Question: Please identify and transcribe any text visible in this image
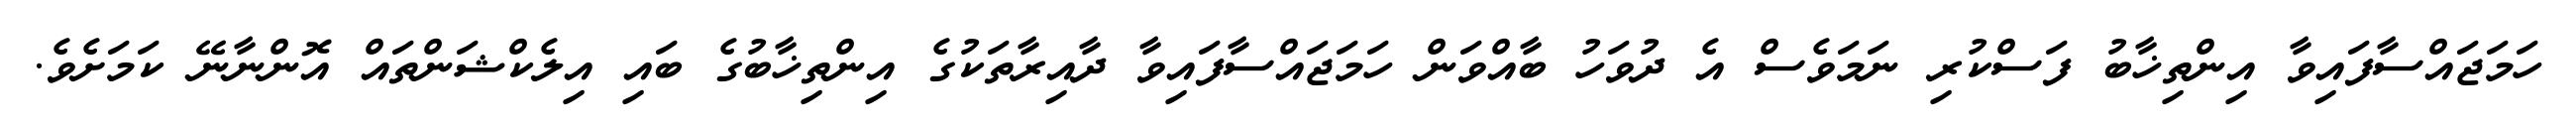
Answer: ހަމަޖައްސާފައިވާ އިންތިޚާބު ފަސްކުރި ނަމަވެސް އެ ދުވަހު ބާއްވަން ހަމަޖައްސާފައިވާ ދާއިރާތަކުގެ އިންތިޚާބުގެ ބައި އިލެކްޝަންތައް އޮންނާނޭ ކަމަށެވެ.